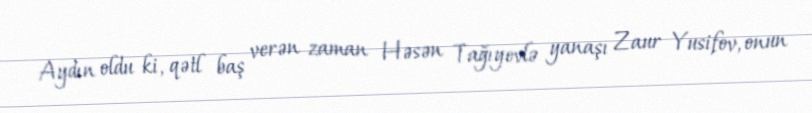
Aydın oldu ki, qətl baş verən zaman Həsən Tağıyevlə yanaşı Zaur Yusifov, onun